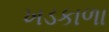
ખડકાળા